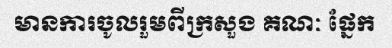
មានការចូលរួមពីក្រសួង គណៈ ផ្នែក